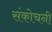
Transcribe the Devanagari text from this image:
संकोचनी